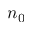
n _ { 0 }